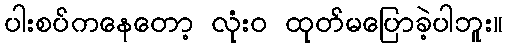
ပါးစပ်ကနေတော့ လုံးဝ ထုတ်မပြောခဲ့ပါဘူး။